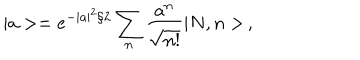
LaTeX: | a > = e ^ { - | a | ^ { 2 } / 2 } \sum _ { n } \frac { a ^ { n } } { \sqrt { n ! } } | N , n > \, ,